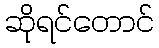
ဆိုရင်တောင်